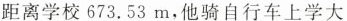
距离学校673.53m，他骑自行车上学大